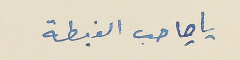
يا صاحب الغبطة